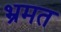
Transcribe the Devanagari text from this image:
भ्रमत